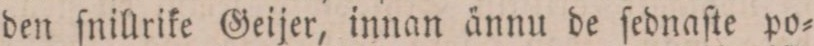
den ſnillrike Geijer, innan ännu de ſednaſte po=